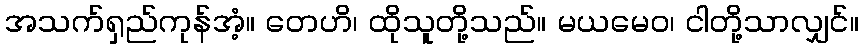
အသက်ရှည်ကုန်အံ့။ တေဟိ၊ ထိုသူတို့သည်။ မယမေဝ၊ ငါတို့သာလျှင်။